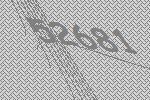
52681